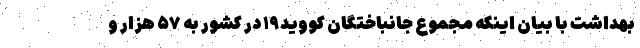
بهداشت با بیان اینکه مجموع جانباختگان کووید۱۹ در کشور به ۵۷ هزار و